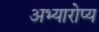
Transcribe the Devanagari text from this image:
अभ्यारोप्य